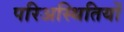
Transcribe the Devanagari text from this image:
परिअस्थितियों